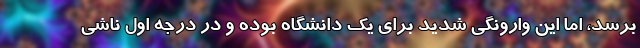
برسد، اما این وارونگی شدید برای یک دانشگاه بوده و در درجه اول ناشی